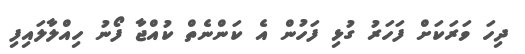
ދިހަ ވަރަކަށް ފަހަރު ގުޅި ފަހުން އެ ކަންނެތް ކުއްޖާ ފޯނު ހިއްލާލައިފި